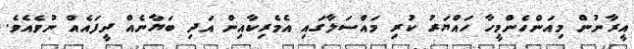
އީރާނުން މިއަންހެންމީހާ ހައްޔަރު ކުރި މައްސަލާގައި އެމެރިކާއިން އަދި ބަޔާނެއް ދީފައެއް ނުވެއެވެ.